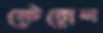
স্টেরোল